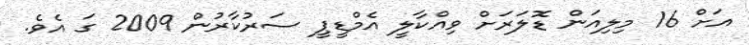
އަށް 16 މިލިއަން ޑޮލަރަށް ވިއްކާލީ އެމްޑީޕީ ސަރުކާރުން 2009 ގަ އެވެ.